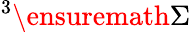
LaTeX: ^{3}\ensuremath{\Sigma}